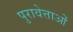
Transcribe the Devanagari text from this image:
पुरावेत्ताओं